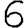
Digit: 6